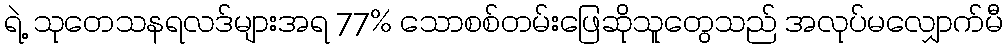
ရဲ့ သုတေသနရလဒ်များအရ 77% သောစစ်တမ်းဖြေဆိုသူတွေသည် အလုပ်မလျှောက်မီ